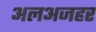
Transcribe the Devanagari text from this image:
अलअजहर